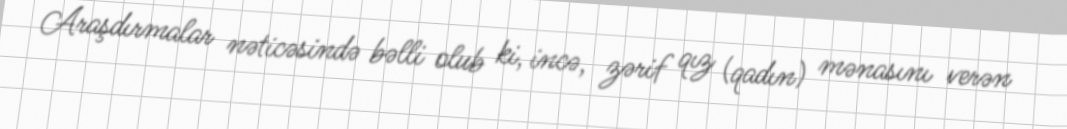
Araşdırmalar nəticəsində bəlli olub ki, incə, zərif qız (qadın) mənasını verən